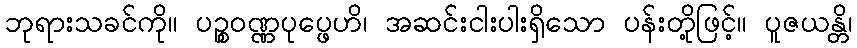
ဘုရားသခင်ကို။ ပဉ္စဝဏ္ဏပုပ္ဖေဟိ၊ အဆင်းငါးပါးရှိသော ပန်းတို့ဖြင့်။ ပူဇယန္တိ၊